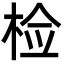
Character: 检